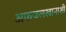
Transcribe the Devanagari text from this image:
अफजलखानाशी